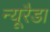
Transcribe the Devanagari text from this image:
न्यूरैडा